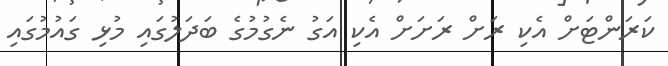
ކަރަންޓަށް އެކި ރަށް ރަށަށް އެކި އަގު ނެގުމުގެ ބަދަލުގައި މުޅި ގައުމުގައި